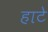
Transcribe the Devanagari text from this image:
हाटे